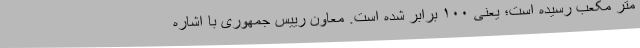
متر مکعب رسیده است؛ یعنی ۱۰۰ برابر شده است. معاون رییس جمهوری با اشاره